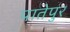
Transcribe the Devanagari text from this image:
पातेपुर